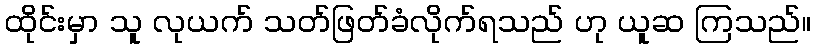
ထိုင်းမှာ သူ လုယက် သတ်ဖြတ်ခံလိုက်ရသည် ဟု ယူဆ ကြသည်။